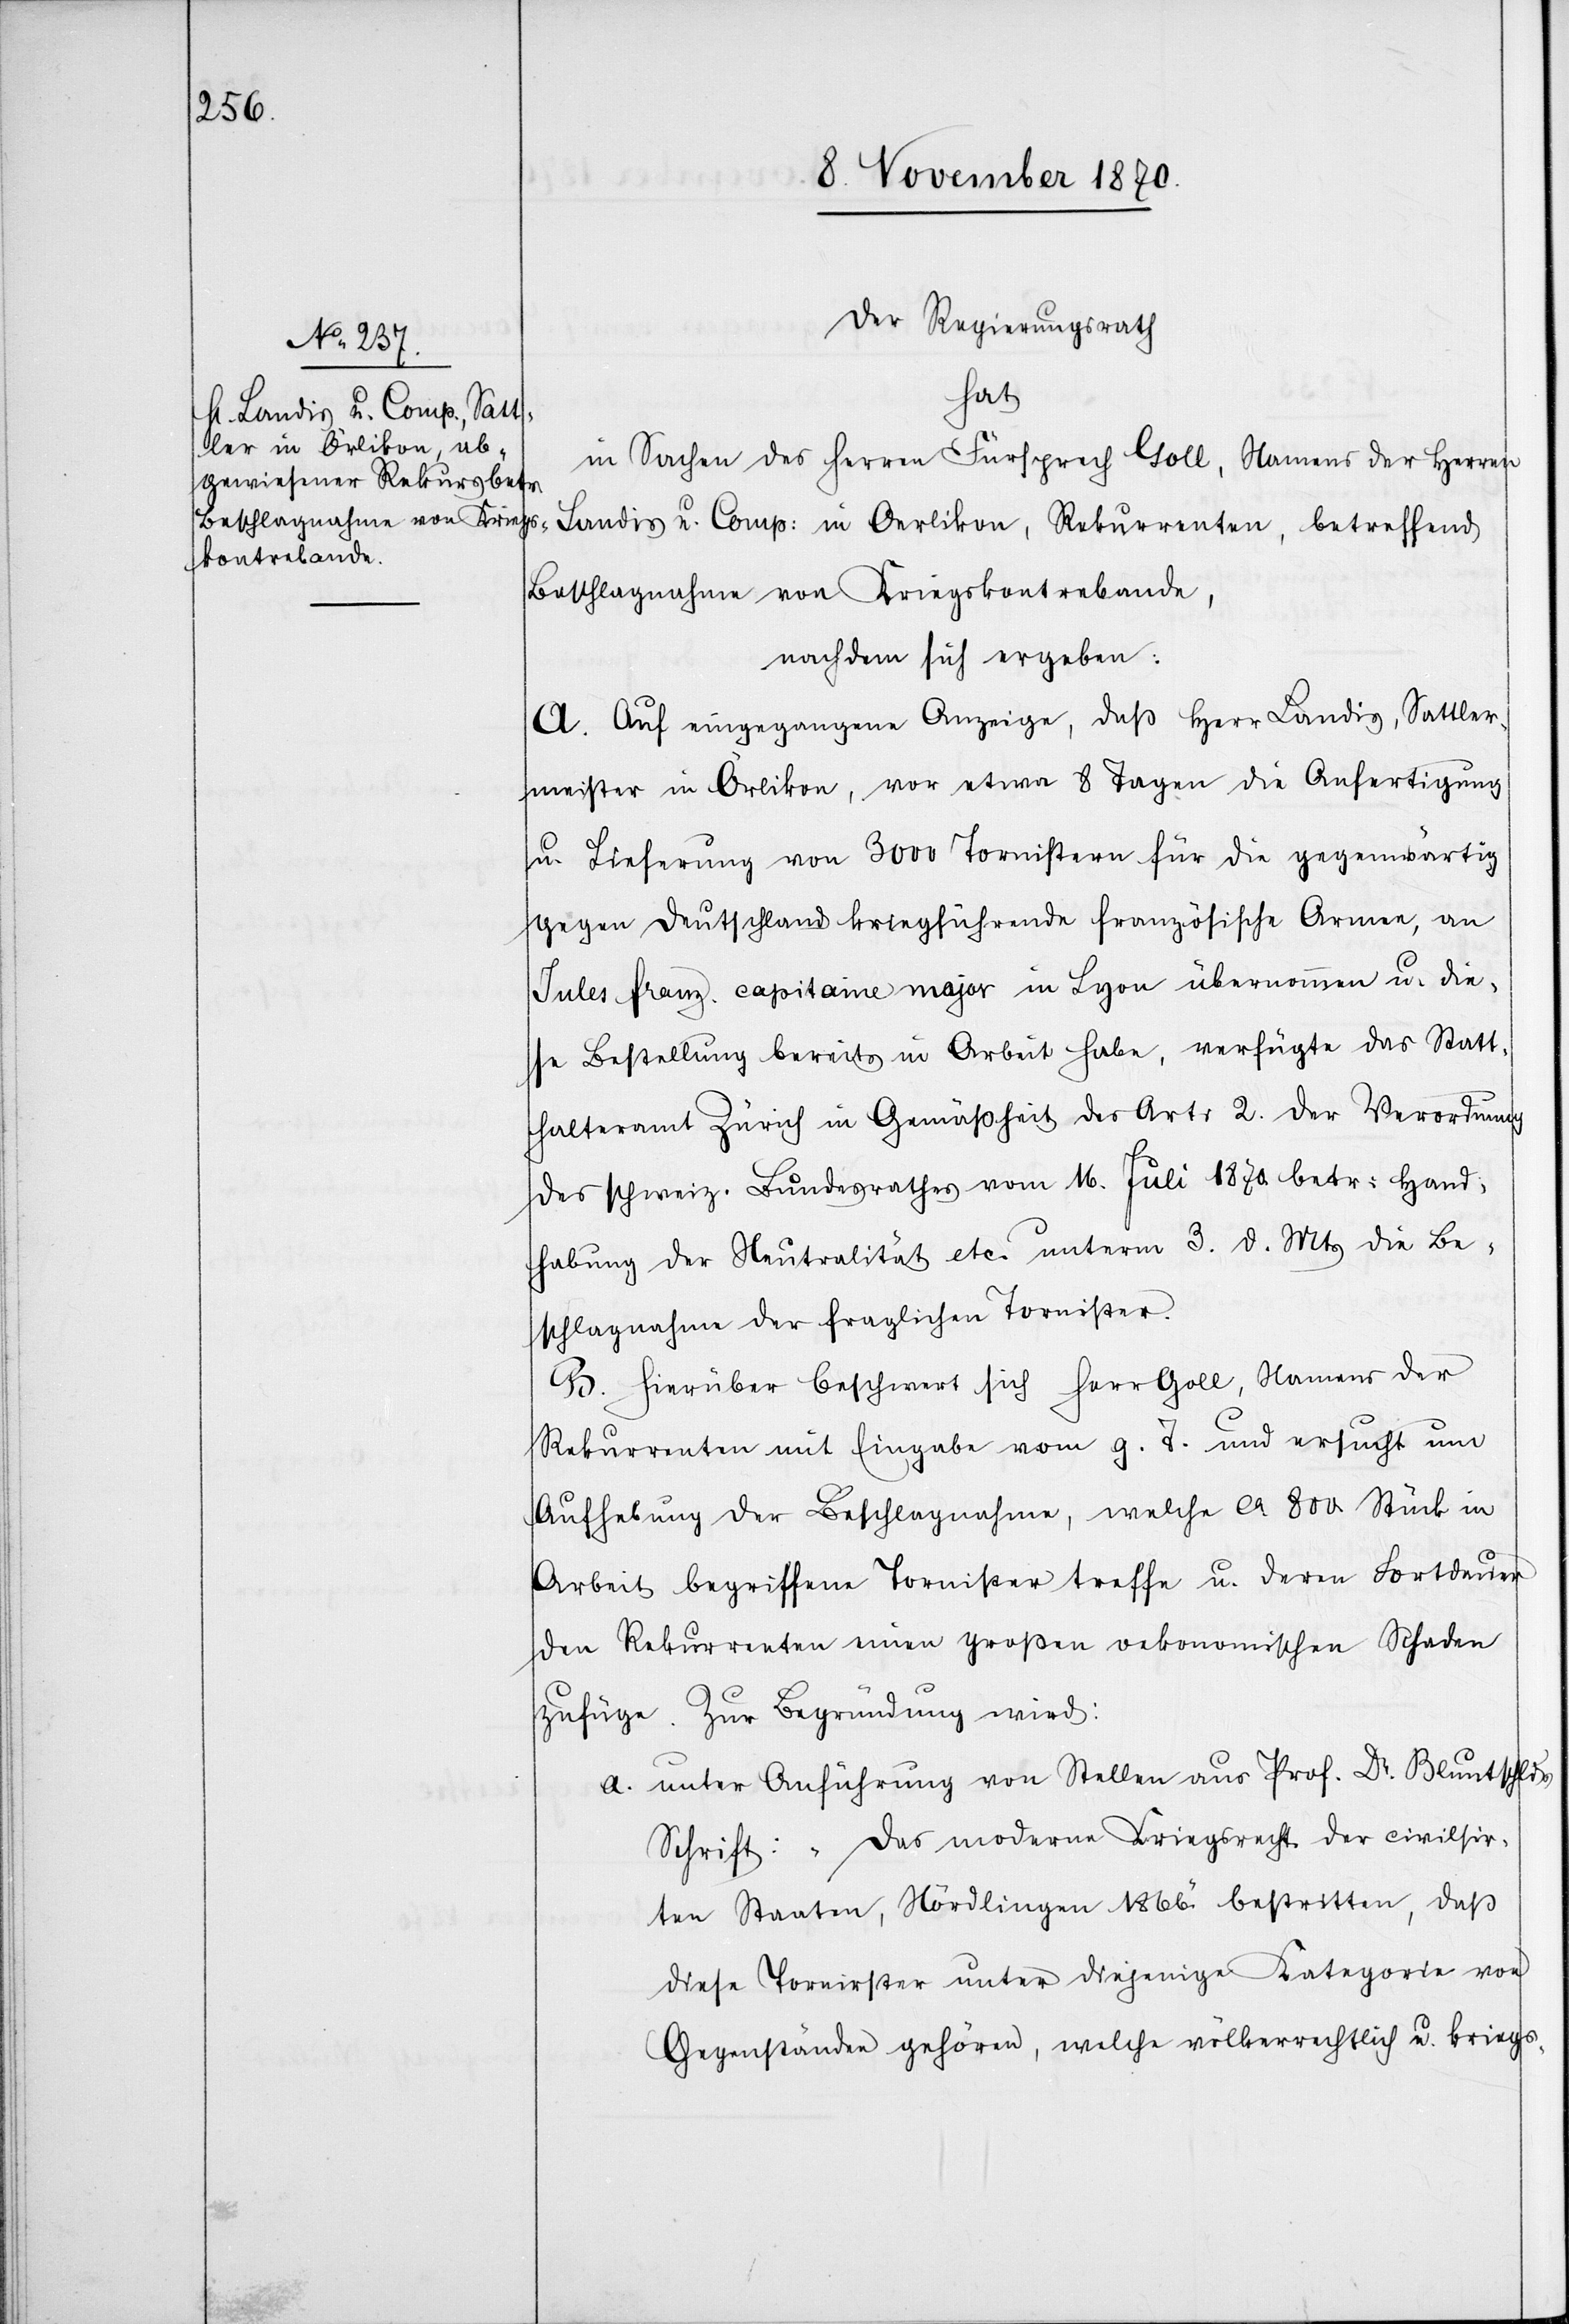
Der Regierungsrath
hat
in Sachen des Herren Fürsprech Goll, Namens der Herren
Landis u. Comp: in Oerlikon, Rekurrenten, betreffend
Beschlagnahme von Kriegskontrabande,
nachdem sich ergeben:
A. Auf eingegangene Anzeige, daß Herr Landis, Sattler¬
meister in Örlikon, vor etwa 8 Tagen die Anfertigung
u. Lieferung von 3000 Tornistern für die gegenwärtig
gegen Deutschland kriegführende französische Armee, an
Jules franz. capitaine major in Lyon übernommen u. die¬
se Bestellung bereits in Arbeit habe, verfügte das Statt¬
halteramt Zürich in Gemäßheit des Art: 2. der Verordnung
des schweiz. Bundesrathes vom 16. Juli 1870. betr: Hand¬
habung der Neutralität etc. unterm 3. d. Mts die Be¬
schlagnahme der fraglichen Tornister.
B. Hierüber beschwert sich Herr Goll, Namens der
Rekurrenten mit Eingabe vom g. T. und ersucht um
Aufhebung der Beschlagnahme, welche ca 800 Stück in
Arbeit begriffene Tornister treffe u. deren Fortdauer
den Rekurrenten einen großen oekonomischen Schaden
zufüge. Zur Begründung wird:
a. unter Anführung von Stellen aus Prof. Dr. Bluntschlis
Schrift: „Das moderne Kriegsrecht der civil[i]sir¬
ten Staaten, Nördlingen 1866“. bestritten, daß
diese Tornister unter diejenige Kategorie von
Gegenständen gehören, welche völkerrechtlich u. kriegs-